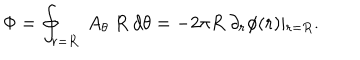
\Phi = \oint _ { r = R } \ A _ { \theta } \ R \ d \theta = - 2 \pi R \ \partial _ { r } \phi ( r ) \vert _ { r = R } .